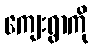
ကျေးရွာကို